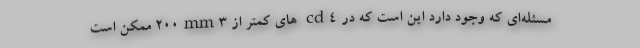
مسئله‌ای که وجود دارد این است که در cd۴ های کمتر از ۲۰۰mm۳ ممکن است